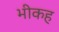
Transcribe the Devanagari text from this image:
भीकह